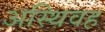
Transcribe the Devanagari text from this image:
अस्थिवह